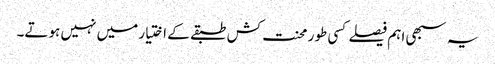
یہ سبھی اہم فیصلے کسی طور محنت کش طبقے کے اختیار میں نہیں ہوتے۔